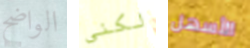
الواضح لكني الأسهل